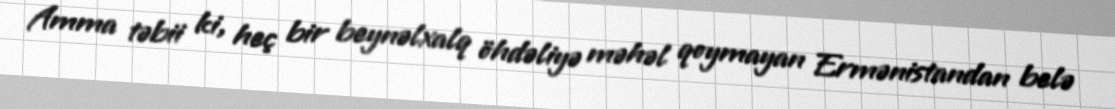
Amma təbii ki, heç bir beynəlxalq öhdəliyə məhəl qoymayan Ermənistandan belə